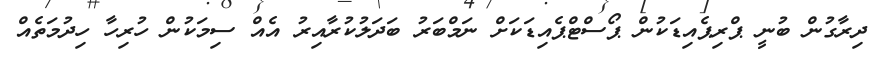
ދިރާގުން ބުނީ ޕްރިޕެއިޑަކުން ޕޯސްޓްޕެއިޑަކަށް ނަމްބަރު ބަދަލުކުރާއިރު އެއް ސިމަކުން ހުރިހާ ހިދުމަތެއް